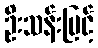
ဦးသန်းမြင့်